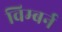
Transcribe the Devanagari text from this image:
विम्बर्न